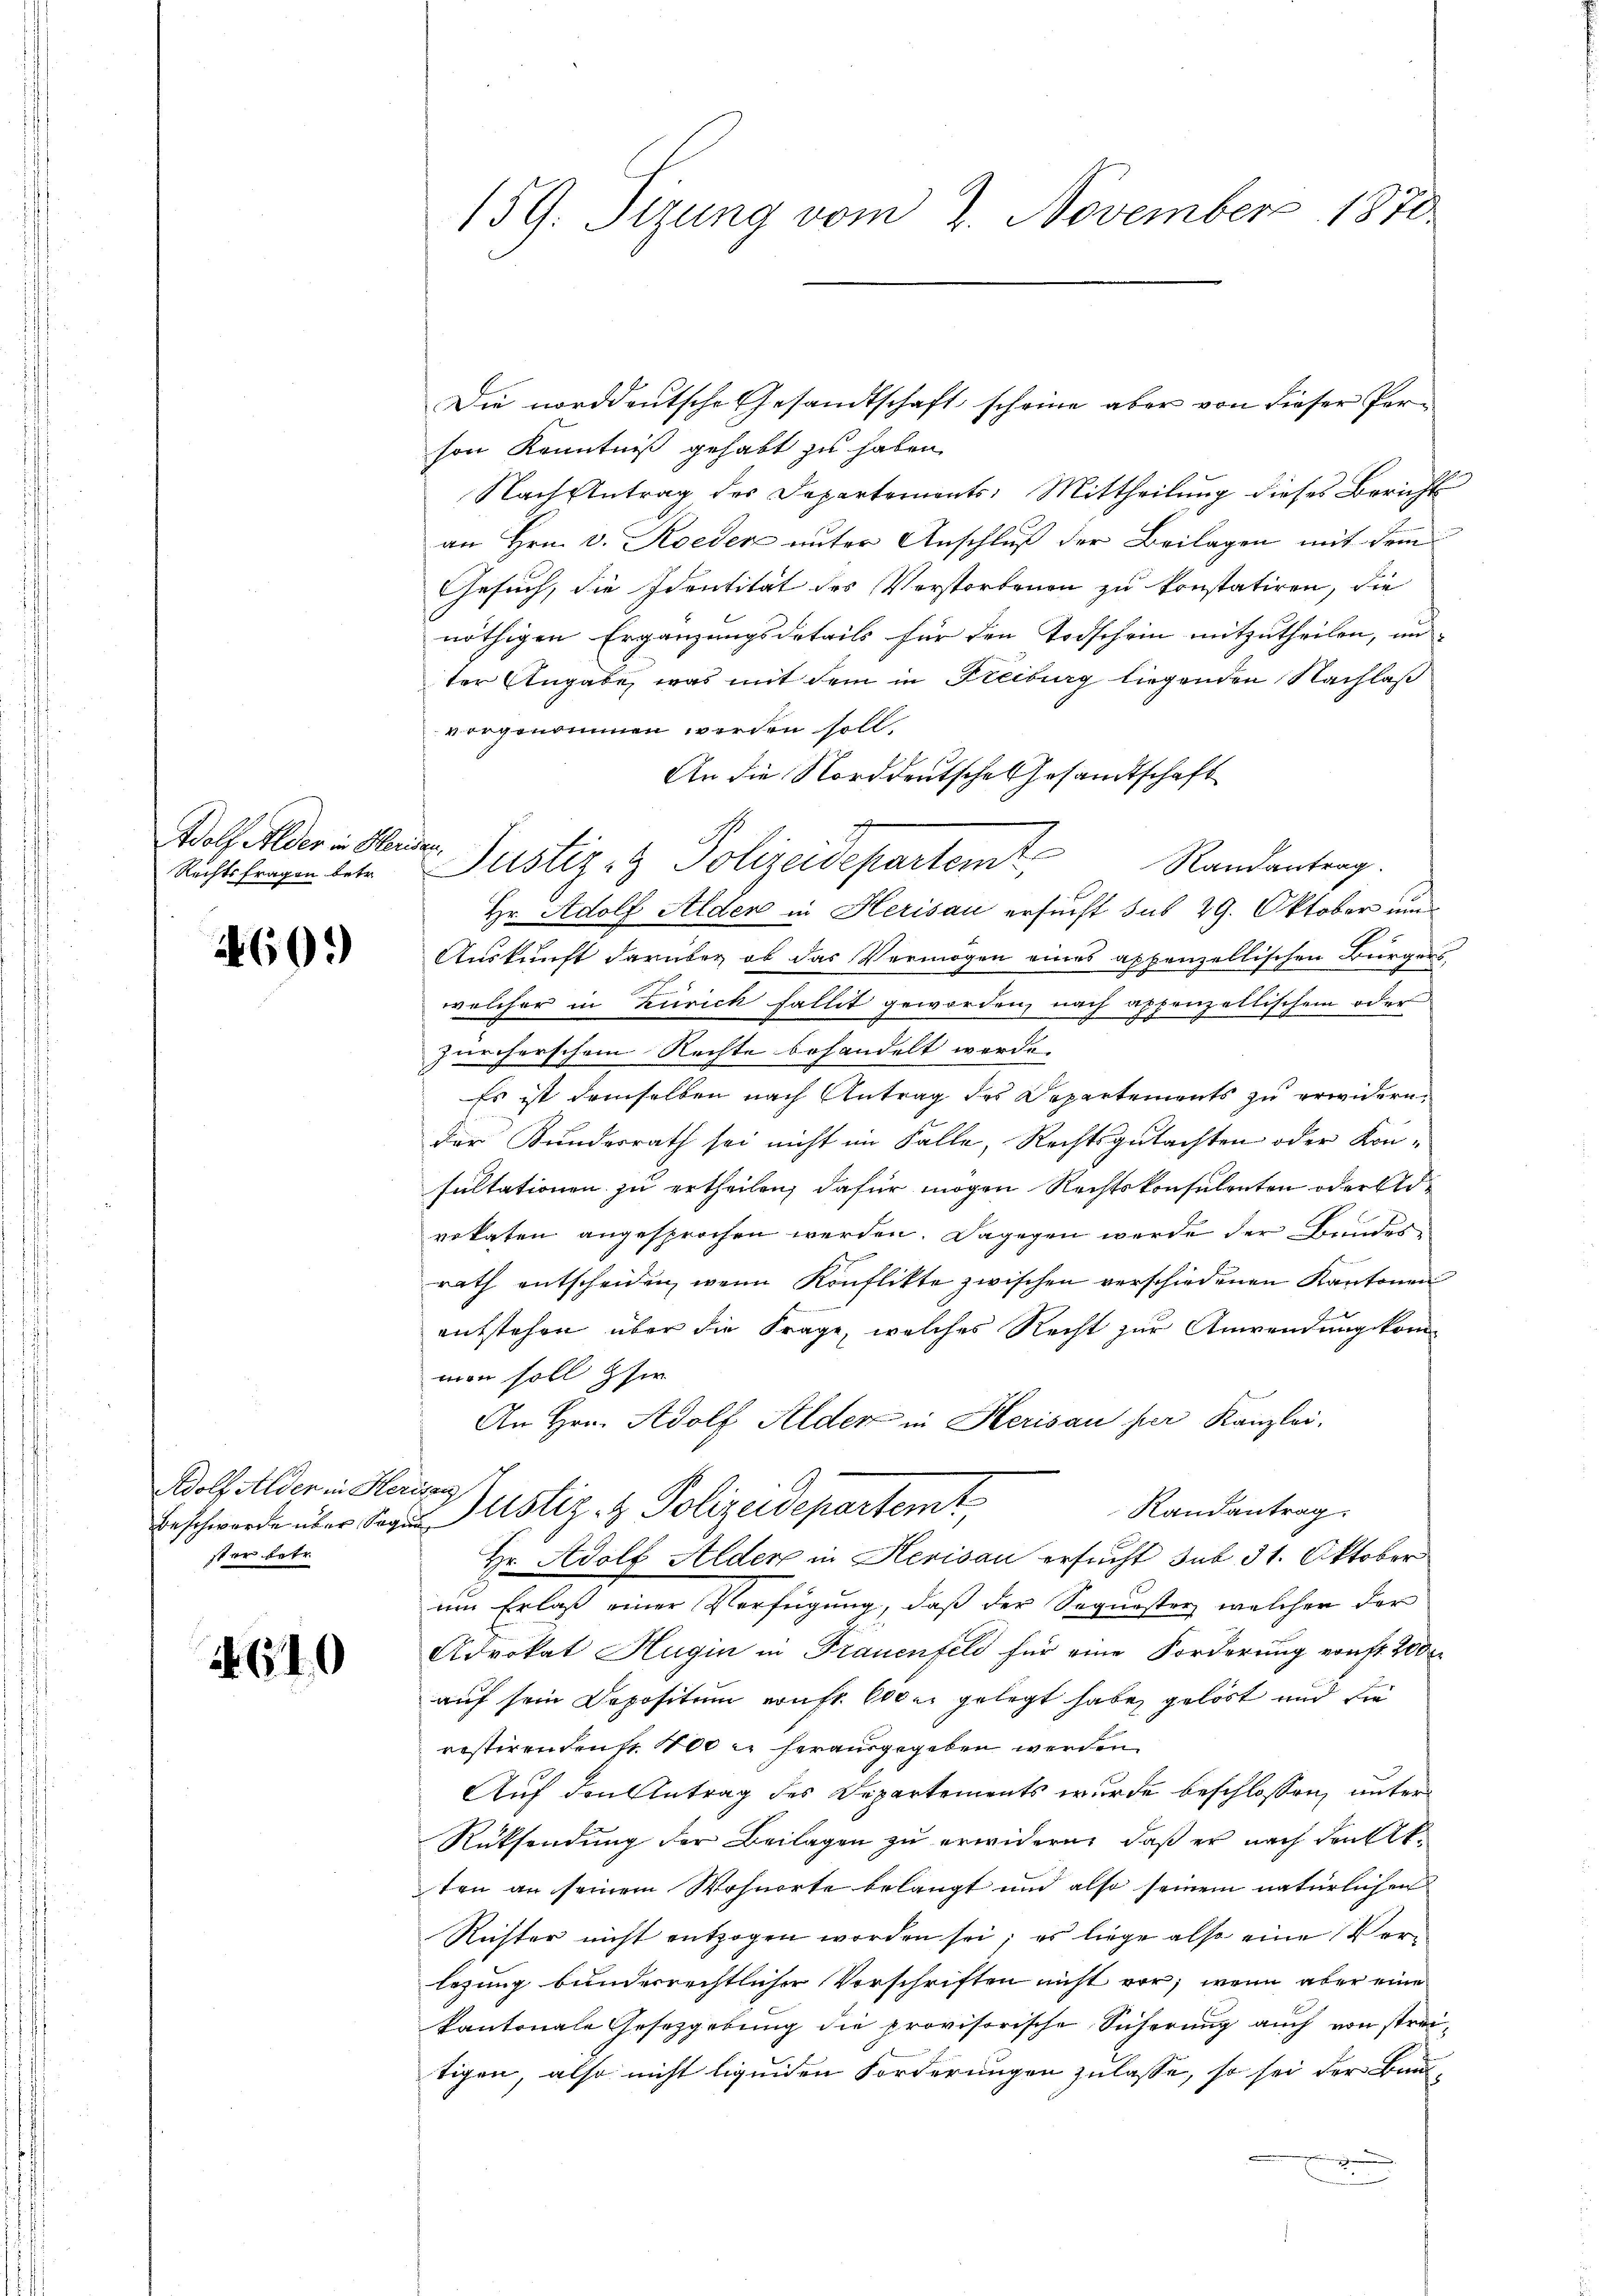
Adolf Alder in Heriden.
Rechtsfragen betr.

460.)

Adolf Alder in Her
Beschwerde über Sege
ster betr.

G10

159. Sizung vom 2. November 1870

Justiz- & Polizeidepartemt.

son Kenntniß gehabt zu haben.
Nach Antrag des Departements: Mittheilung dieses Bericht
an Hrn. v. Roeden unter Anschluß der Beilagen mit dem
Gesuch, die Identität des Vorstorbenen zu konstatiren, die
nöthigen Ergänzungsdetails für den Todschein mitzutheilen, un
ter Angabe, was mit dem in Freiburg liegenden Nachlaß
vorgenommen worden soll.
An die Norddeutsche Gesandtschaft
Randantrag.
Hr. Adolf Alder in Herisau ersucht sub 29. Oktober um
Auskunft darüber ob das Vermögen eines appenzellischen Bürgers,
welcher in Zürich fallit geworden, nach appenzellischem oder
zürcherschem Rechte behandelt werde.
Es ist demselben nach Antrag des Departements zu erwidern.
der Kundesrath sei nicht im Falle, Rechtsgutachten oder Konsultationen zu ertheilen, dafür mögen Rechtskonsulenten oder Advokaten angesprochen werden. Dagegen werde der Bundesrath entscheiden, wenn Konflikte zwischen verschiedenen Kantonen
entstehen über die Frage, welches Recht zur Anwendung kom
mor soll ser
An Hrn. Adolf Alder in Herisau per Kanzlei.
ctan
Justiz- & Polizeidepartemt
Randantrag:
d
Hr. Adolf Alder in Herisau ersucht sub 31. Oktober
um Erlaß einer Verfügung, daß der Sequesten, welcher der
Advokat Hugin in Frauenfeld für eine Forderung von fr. 2000
auf sein Depositum eruft. Oder gelegt habe gelöst und die
restirendens 400 m herausgegeben werden
Auf den Antrag des Departements wurde beschlossen, unter
Rüksendung der Beilagen zu erwidern, daß er nach den Elt
ten an seinem Wohnorte belangt und also seinem natürlichen
Reister nicht entzogen worden sei; es liege also eine Verlegung bunderrechtlicher Vorschriften nicht vor; wenn aber eine
kantonale Gesetzgebung die provisorische Sicherung auch von streitigen, also nicht liquiden Forderungen zulasse, so sei der Bau-

J

Die norddeutsche Gesandtschaft scheine aber von dieser Per¬